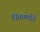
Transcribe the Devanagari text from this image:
चिंतामणीचें